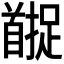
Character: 𬳚